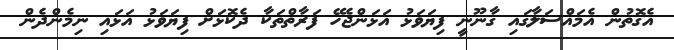
އެގޮތުން އެމައްސަލާގައި ގާނޫނީ ފިޔަވަޅު އަޅަންޖެހޭ ފަރާތްތަކާ ދެކޮޅަށް ފިޔަވަޅު އަޅައި ނިމެންދެން